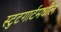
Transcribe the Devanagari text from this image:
स्टुटगार्टमधील